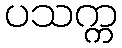
ပသက္က